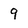
Character: 9